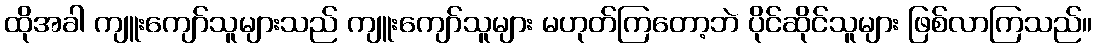
ထိုအခါ ကျူးကျော်သူများသည် ကျူးကျော်သူများ မဟုတ်ကြတော့ဘဲ ပိုင်ဆိုင်သူများ ဖြစ်လာကြသည်။